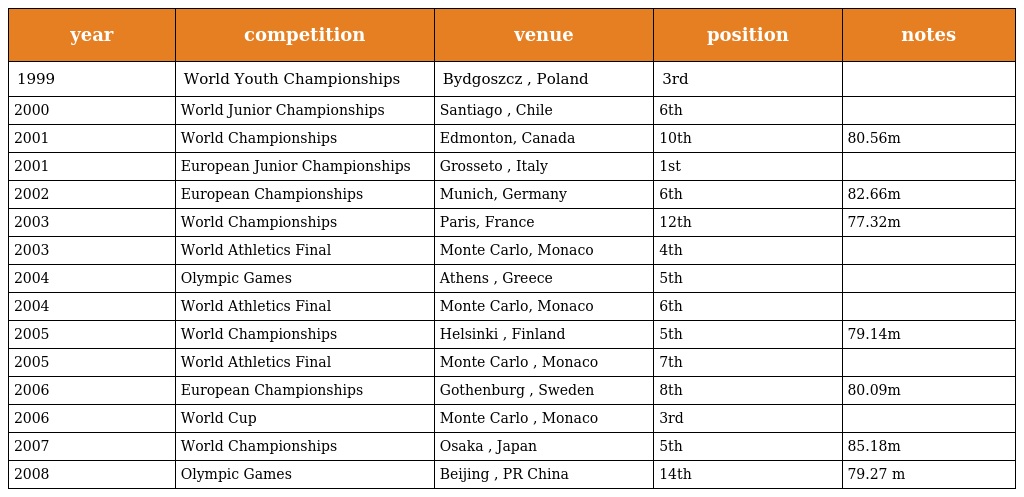
| year | competition | venue | position | notes |
 | --- | --- | --- | --- | --- |
 | 1999 | World Youth Championships | Bydgoszcz , Poland | 3rd |  |
 | 2000 | World Junior Championships | Santiago , Chile | 6th |  |
 | 2001 | World Championships | Edmonton, Canada | 10th | 80.56m |
 | 2001 | European Junior Championships | Grosseto , Italy | 1st |  |
 | 2002 | European Championships | Munich, Germany | 6th | 82.66m |
 | 2003 | World Championships | Paris, France | 12th | 77.32m |
 | 2003 | World Athletics Final | Monte Carlo, Monaco | 4th |  |
 | 2004 | Olympic Games | Athens , Greece | 5th |  |
 | 2004 | World Athletics Final | Monte Carlo, Monaco | 6th |  |
 | 2005 | World Championships | Helsinki , Finland | 5th | 79.14m |
 | 2005 | World Athletics Final | Monte Carlo , Monaco | 7th |  |
 | 2006 | European Championships | Gothenburg , Sweden | 8th | 80.09m |
 | 2006 | World Cup | Monte Carlo , Monaco | 3rd |  |
 | 2007 | World Championships | Osaka , Japan | 5th | 85.18m |
 | 2008 | Olympic Games | Beijing , PR China | 14th | 79.27 m |